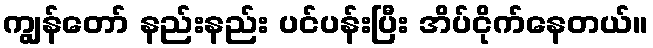
ကျွန်တော် နည်းနည်း ပင်ပန်းပြီး အိပ်ငိုက်နေတယ်။